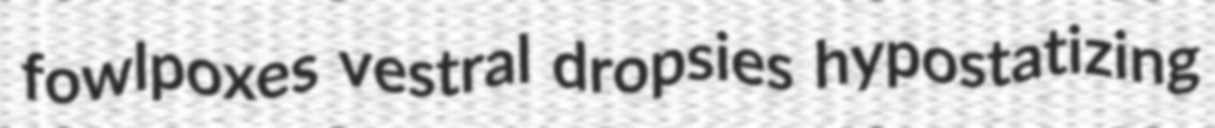
fowlpoxes vestral dropsies hypostatizing